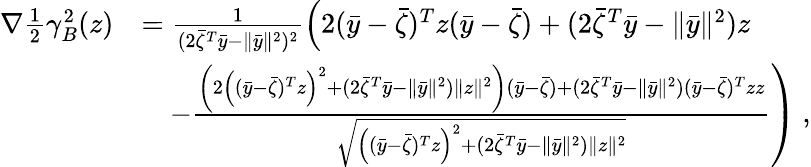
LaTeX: \begin{array}{rl}{\nabla\frac{1}{2}\gamma_{B}^{2}(z)}&{=\frac{1}{(2\bar{\zeta}^{T}\bar{y}-\| \bar{y}\| ^{2})^{2}}\left(2(\bar{y}-\bar{\zeta})^{T}z(\bar{y}-\bar{\zeta})+(2\bar{\zeta}^{T}\bar{y}-\| \bar{y}\| ^{2})z\right.}\\ &{\quad\left.-\frac{\left(2\left((\bar{y}-\bar{\zeta})^{T}z\right)^{2}+(2\bar{\zeta}^{T}\bar{y}-\| \bar{y}\| ^{2})\| z\| ^{2}\right)(\bar{y}-\bar{\zeta})+(2\bar{\zeta}^{T}\bar{y}-\| \bar{y}\| ^{2})(\bar{y}-\bar{\zeta})^{T}zz}{\sqrt{\left((\bar{y}-\bar{\zeta})^{T}z\right)^{2}+(2\bar{\zeta}^{T}\bar{y}-\| \bar{y}\| ^{2})\| z\| ^{2}}}\right)\ ,}\end{array}